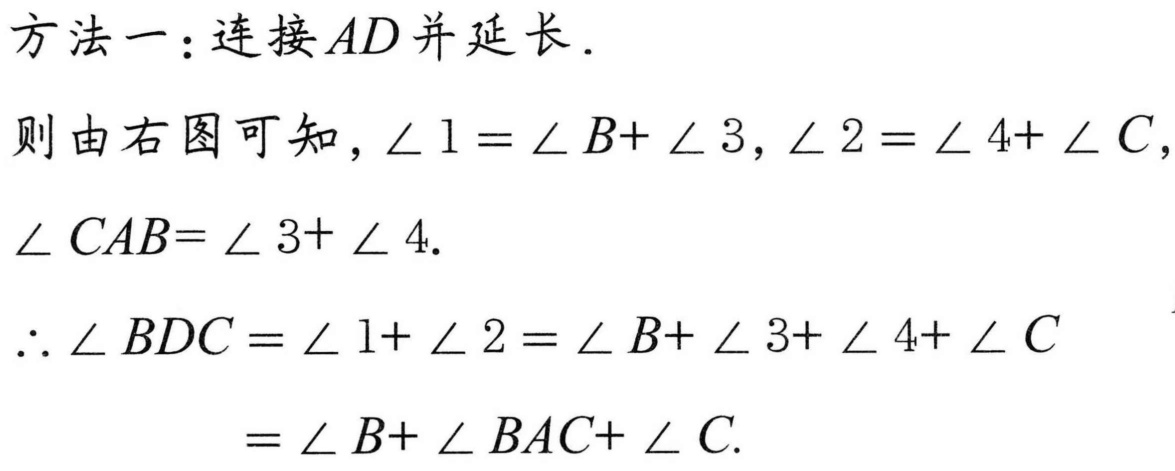
方法一：连接\(AD\)并延长.
则由右图可知，\(\angle 1=\angle B + \angle 3\)，\(\angle 2=\angle 4+\angle C\)，
\(\angle CAB=\angle 3+\angle 4\).
\(\therefore \angle BDC=\angle 1+\angle 2=\angle B + \angle 3+\angle 4+\angle C\)
\(=\angle B+\angle BAC+\angle C\).